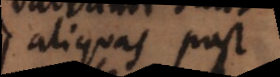
aliquas post